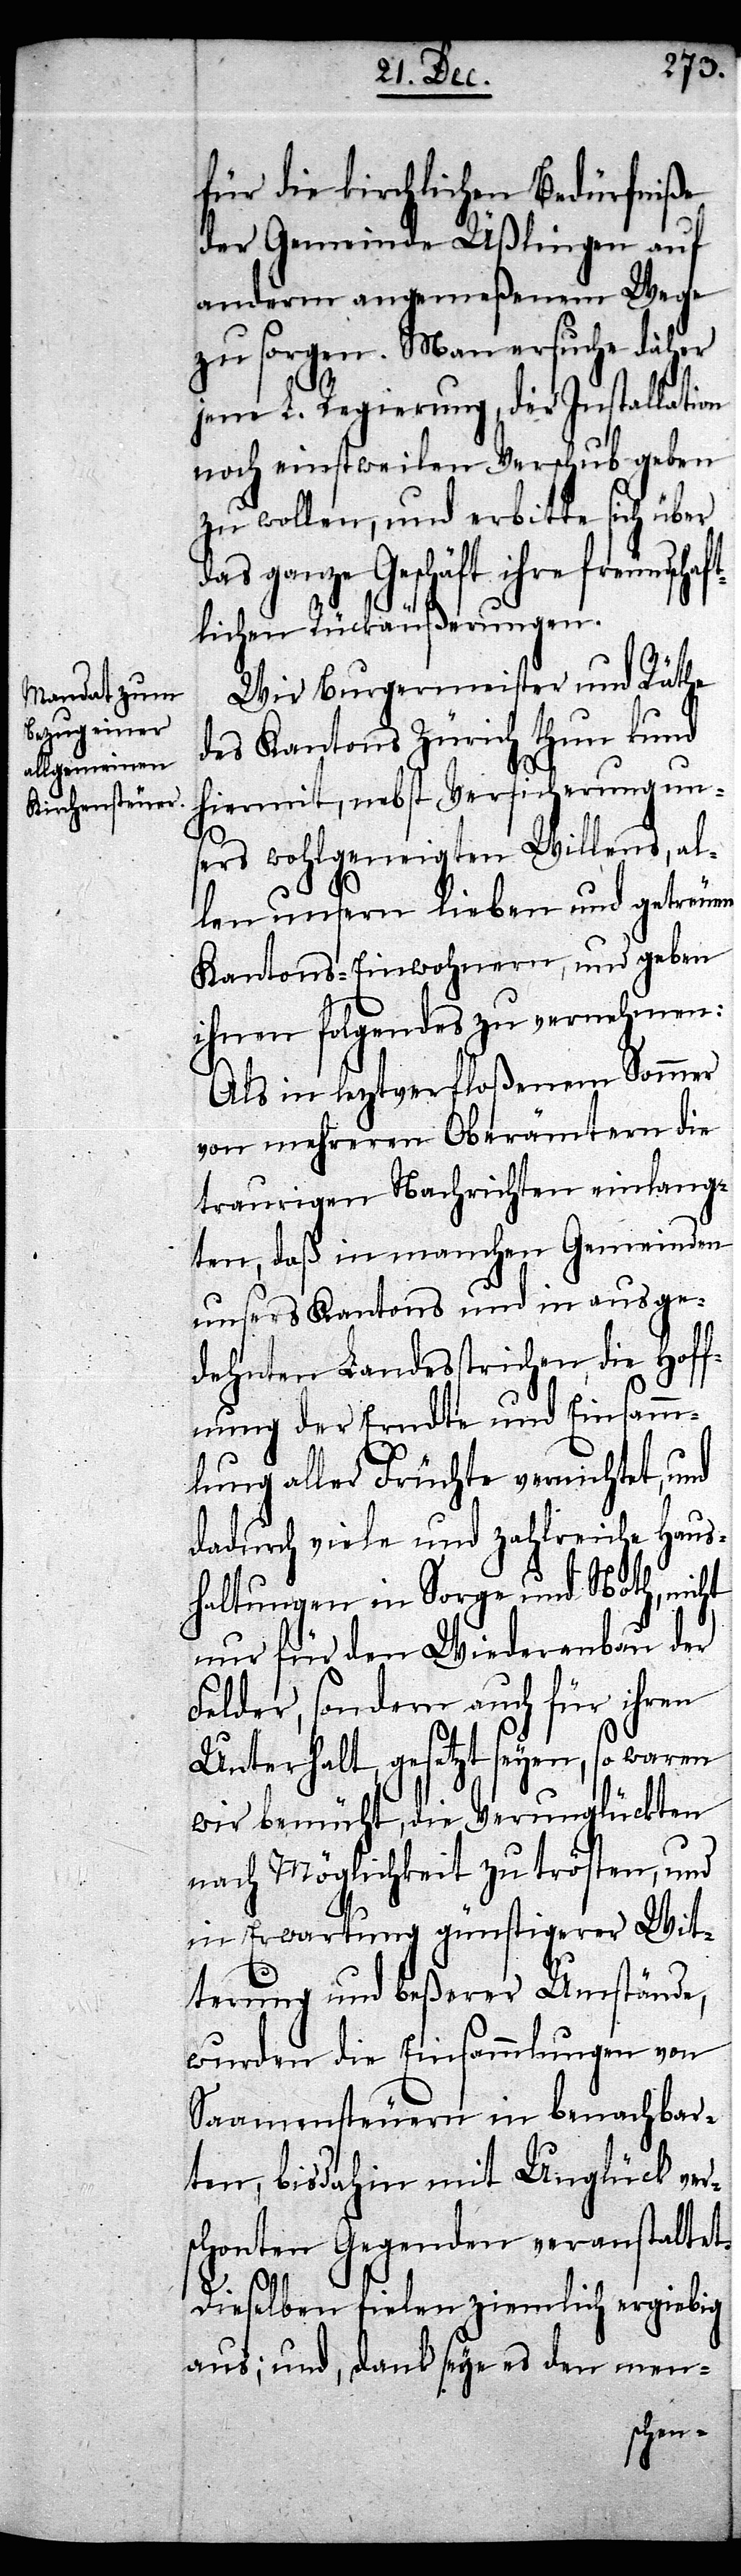
für die kirchlichen Bedürfniße
der Gemeinde Üßlingen auf
anderm angemeßenem Wege
zu sorgen. Man ersuche daher
jene L. Regierung, der Installation
noch einstweilen Verschub geben
zu wollen, und erbitte sich über
ganze Geschäft ihre freundsch¬
aftlichen Rückäußerungen.
Wir Burgermeister und Räthe
des Kantons Zürich thun kund
hiermit, nebst Versicherung un¬
sers wohlgeneigten Willens, al¬
len unsern lieben und getreuen
Kantons-Einwohnern, und geben
ihnen folgendes zu vernehmen:
Als in leztverfloßenem Sommer
von mehreren Oberämtern die
traurigen Nachrichten einlang¬
ten, daß in machen Gemeinden
unsers Kantons und in ausge¬
dehnten Landesstrichen die Hoff¬
nung der Erndte und Einsamm¬
lung aller Früchte vernichtet, und
dadurch viele und zahlreiche Haus¬
haltungen in Sorge und Noth, nicht
nur für den Wiederanbau der
Felder, sondern auch für ihren
Unterhalt, gesetzt seyen, so waren
wir bemüht, die Verunglückten
nach Möglichkeit zu trösten, und
in Erwartung günstigerer Wit¬
terung und beßerer Umstände,
wurden die Einsammlungen von
Saamensteuern in benachbar¬
ten, bisdahin mit Unglück ver¬
schonten Gegenden veranstaltet.
Dieselben fielen ziemlich ergiebig
aus; und, dank seye es den men-